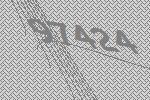
97424